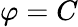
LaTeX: \varphi=C